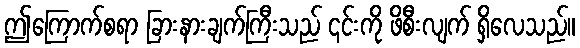
ဤကြောက်စရာ ခြားနားချက်ကြီးသည် ၎င်းကို ဖိစီးလျက် ရှိလေသည်။